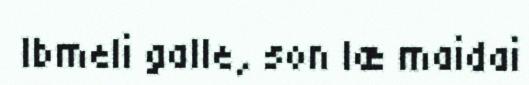
Ibmeli galle, son læ maidai